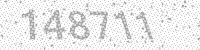
Solution: 148711